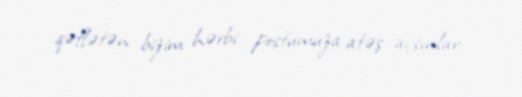
qəflətən bizim hərbi postumuza atəş açsınlar.